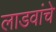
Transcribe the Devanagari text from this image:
लाडवांचे